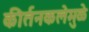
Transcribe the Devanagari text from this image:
कीर्तनकलेमुळे